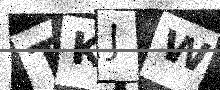
Text: TKJW